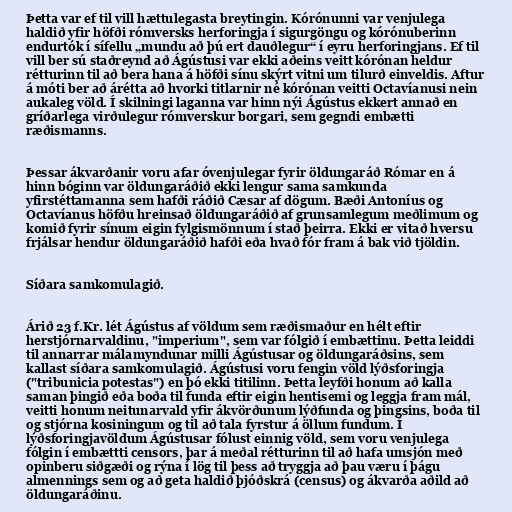
Þetta var ef til vill hættulegasta breytingin. Kórónunni var venjulega
haldið yfir höfði rómversks herforingja í sigurgöngu og kórónuberinn
endurtók í sífellu „mundu að þú ert dauðlegur“ í eyru herforingjans. Ef til
vill ber sú staðreynd að Ágústusi var ekki aðeins veitt kórónan heldur
rétturinn til að bera hana á höfði sínu skýrt vitni um tilurð einveldis. Aftur
á móti ber að árétta að hvorki titlarnir né kórónan veitti Octavíanusi nein
aukaleg völd. Í skilningi laganna var hinn nýi Ágústus ekkert annað en
gríðarlega virðulegur rómverskur borgari, sem gegndi embætti
ræðismanns.

Þessar ákvarðanir voru afar óvenjulegar fyrir öldungaráð Rómar en á
hinn bóginn var öldungaráðið ekki lengur sama samkunda
yfirstéttamanna sem hafði ráðið Cæsar af dögum. Bæði Antoníus og
Octavíanus höfðu hreinsað öldungaráðið af grunsamlegum meðlimum og
komið fyrir sínum eigin fylgismönnum í stað þeirra. Ekki er vitað hversu
frjálsar hendur öldungaráðið hafði eða hvað fór fram á bak við tjöldin.

Síðara samkomulagið.

Árið 23 f.Kr. lét Ágústus af völdum sem ræðismaður en hélt eftir
herstjórnarvaldinu, "imperium", sem var fólgið í embættinu. Þetta leiddi
til annarrar málamyndunar milli Ágústusar og öldungaráðsins, sem
kallast síðara samkomulagið. Ágústusi voru fengin völd lýðsforingja
("tribunicia potestas") en þó ekki titilinn. Þetta leyfði honum að kalla
saman þingið eða boða til funda eftir eigin hentisemi og leggja fram mál,
veitti honum neitunarvald yfir ákvörðunum lýðfunda og þingsins, boða til
og stjórna kosiningum og til að tala fyrstur á öllum fundum. Í
lýðsforingjavöldum Ágústusar fólust einnig völd, sem voru venjulega
fólgin í embættti censors, þar á meðal rétturinn til að hafa umsjón með
opinberu siðgæði og rýna í lög til þess að tryggja að þau væru í þágu
almennings sem og að geta haldið þjóðskrá (census) og ákvarða aðild að
öldungaráðinu.